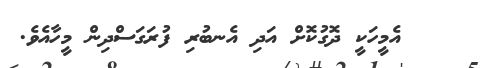
١٦    އެމީހަކީ ދޮގުކޮށް އަދި އެނބުރި ފުރަގަސްދިން މީހާއެވެ.